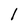
Character: l